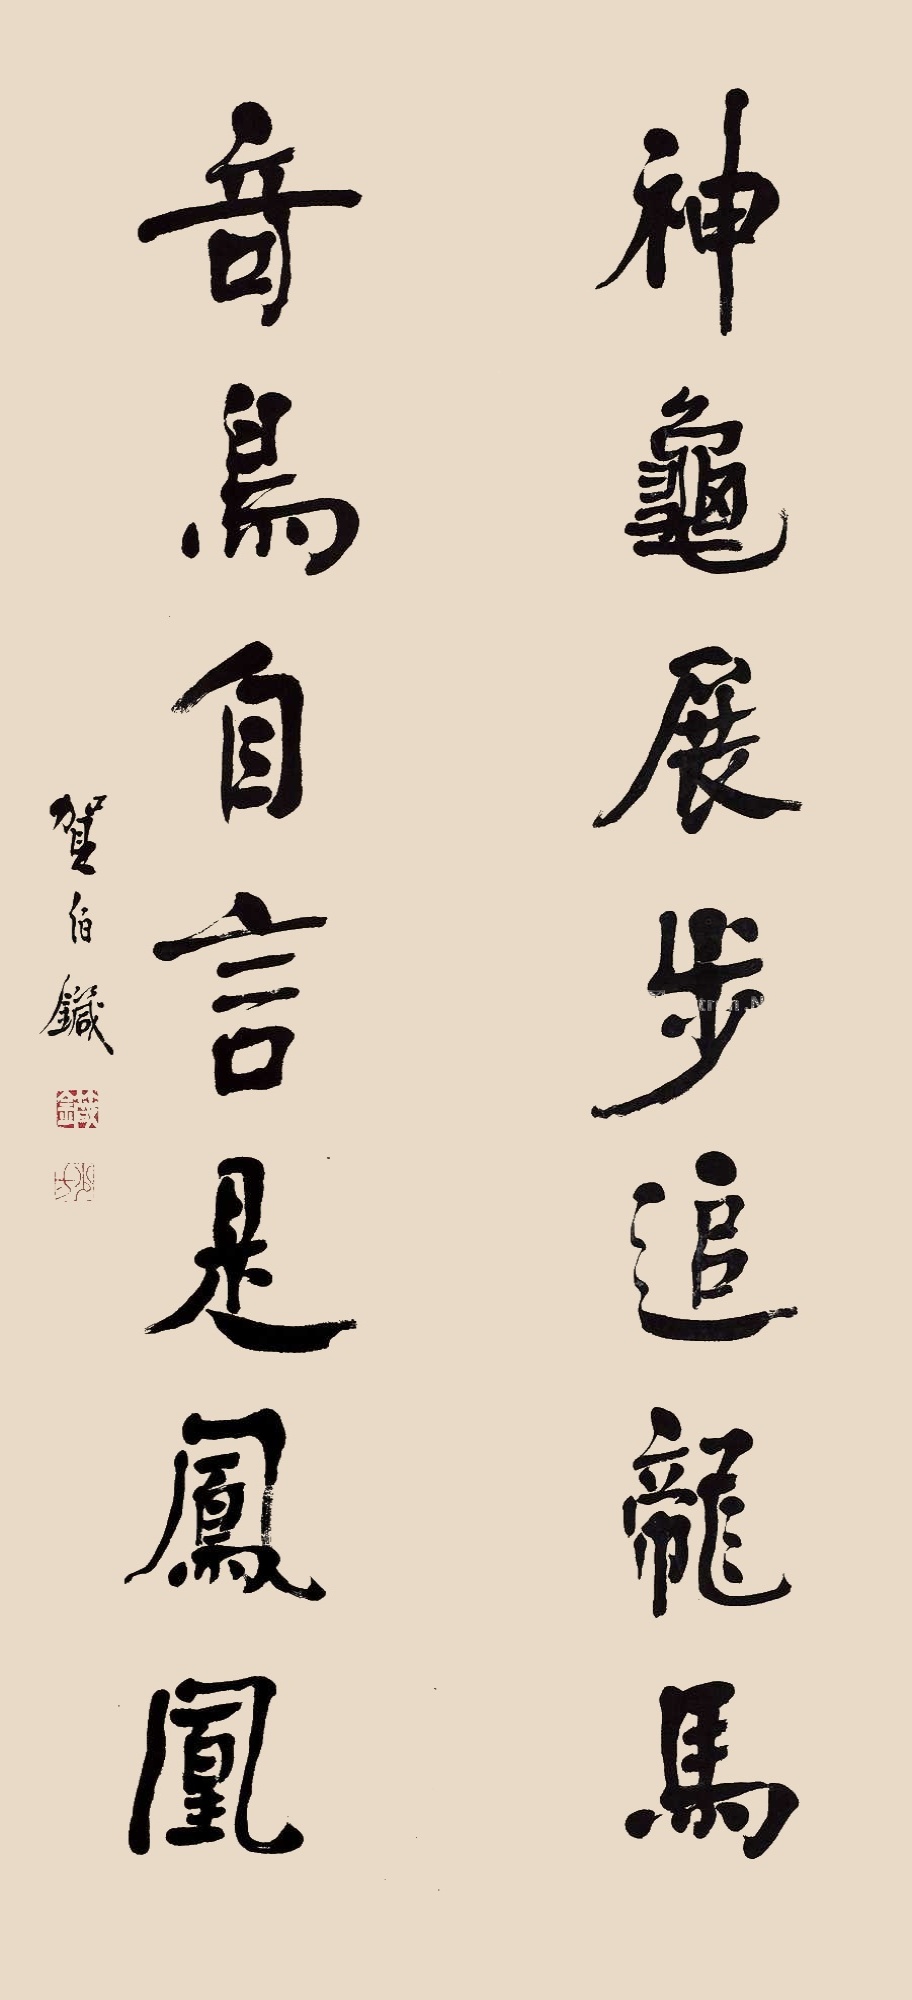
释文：神龟展步追龙马，奇鸟自言是凤凰。贺伯箴。